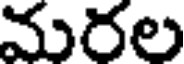
మరల